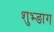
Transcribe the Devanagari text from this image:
शुभ्ङाग